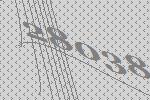
28038